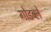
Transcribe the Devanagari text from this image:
गोडब्ले